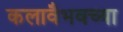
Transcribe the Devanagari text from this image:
कलावैभवच्या